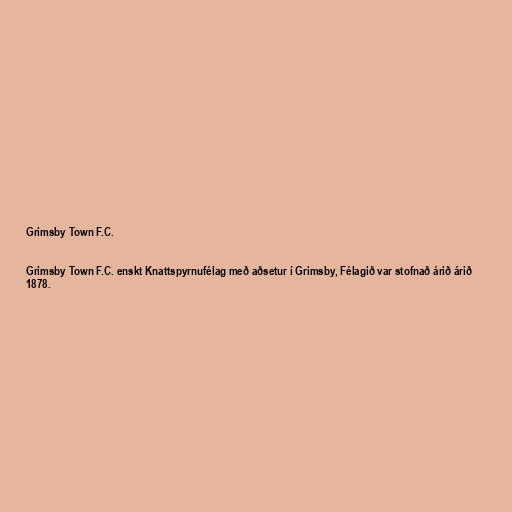
Grimsby Town F.C.

Grimsby Town F.C. enskt Knattspyrnufélag með aðsetur í Grimsby, Félagið var stofnað árið árið
1878.